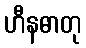
ဟီနဓာတု